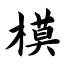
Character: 模